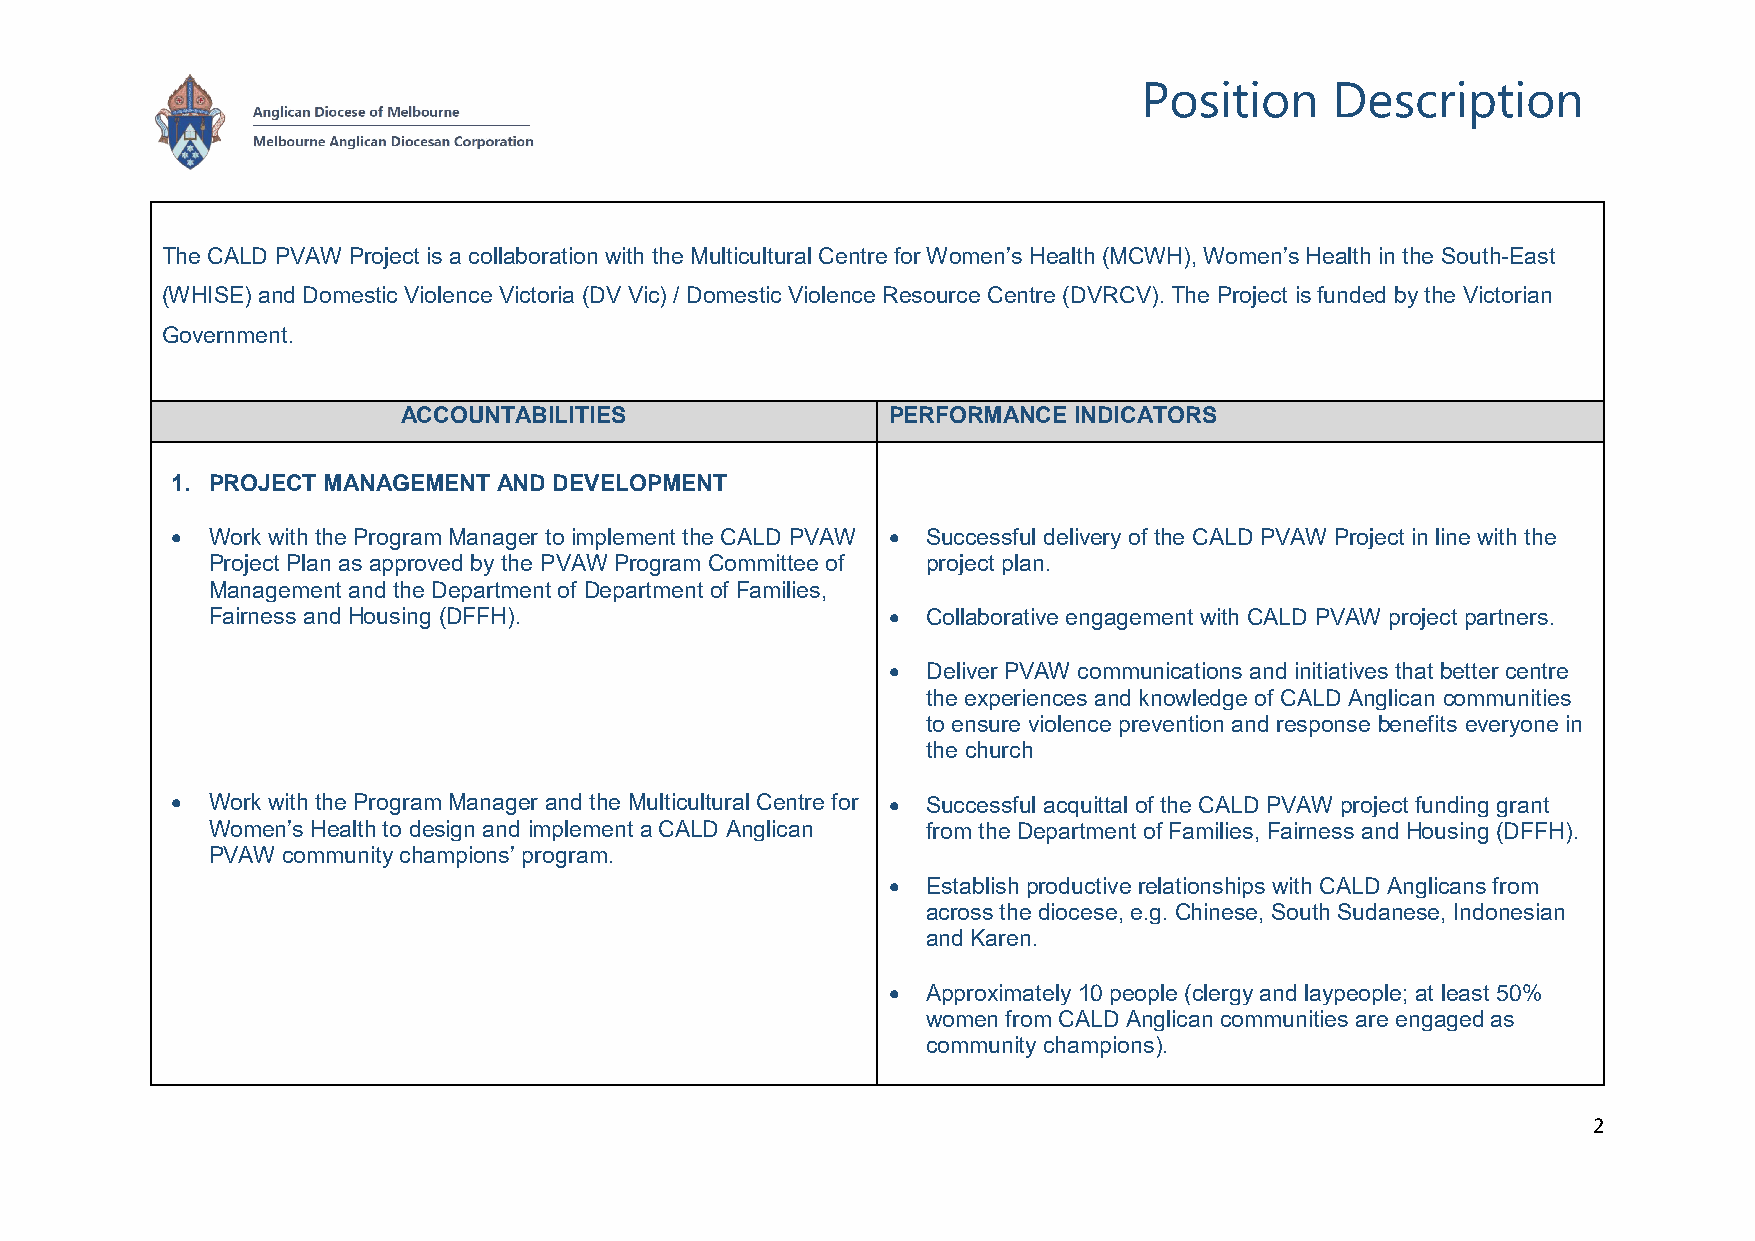
Position    Description
 The CALD PVAW Project is a collaboration with the Multicultural Centre for Women’s Health (MCWH), Women’s Health in the South-East
 (WHISE) and Domestic Violence Victoria (DV Vic) / Domestic Violence Resource Centre (DVRCV). The Project is funded by the Victorian
 Government.
 ACCOUNTABILITIES                PERFORMANCE INDICATORS
 1. PROJECT MANAGEMENT AND DEVELOPMENT
 •  Work with the Program Manager to implement the CALD PVAW • Successful delivery of the CALD PVAW Project in line with the
 Project Plan as approved by the PVAW Program Committee of project plan.
 Management and the Department of Department of Families,
 Fairness and Housing (DFFH).                 • Collaborative engagement with CALD PVAW project partners.
 • Deliver PVAW communications and initiatives that better centre
 the experiences and knowledge of CALD Anglican communities
 to ensure violence prevention and response benefits everyone in
 the church
 •  Work with the Program Manager and the Multicultural Centre for • Successful acquittal of the CALD PVAW project funding grant
 Women’s Health to design and implement a CALD Anglican from the Department of Families, Fairness and Housing (DFFH).
 PVAW community champions’ program.
 • Establish productive relationships with CALD Anglicans from
 across the diocese, e.g. Chinese, South Sudanese, Indonesian
 and Karen.
 • Approximately 10 people (clergy and laypeople; at least 50%
 women from CALD Anglican communities are engaged as
 community champions).
 2